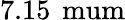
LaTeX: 7.15\, \mathrm{\ mum}